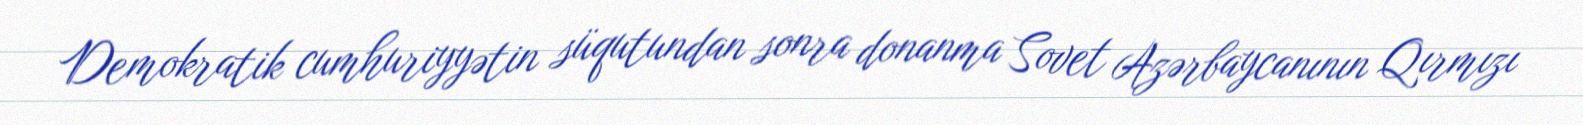
Demokratik cumhuriyyətin süqutundan sonra donanma Sovet Azərbaycanının Qırmızı